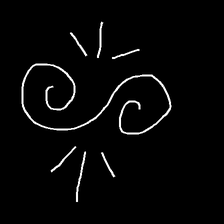
Glyph: wind-directs-air